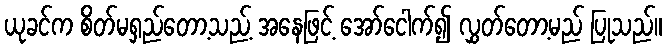
ယုခင်က စိတ်မရှည်တော့သည့် အနေဖြင့် အော်ငေါက်၍ လွှတ်တော့မည် ပြုသည်။